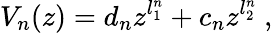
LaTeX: V_{n}(z)=d_{n}z^{l_{1}^{n}}+c_{n}z^{l_{2}^{n}}~,